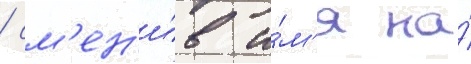
/ см'ен'и́в и́м'я на́